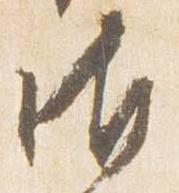
御